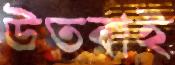
উতরাই